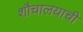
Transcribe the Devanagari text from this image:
शौचालयाची